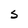
Character: S